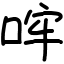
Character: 哰